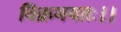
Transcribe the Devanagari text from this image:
विक्रमयतः।।